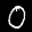
Label: 0